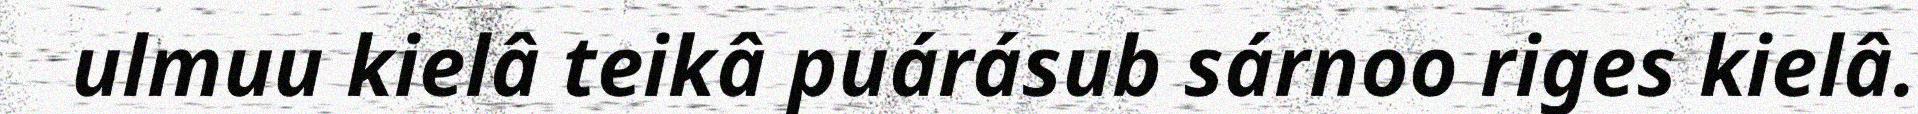
ulmuu kielâ teikâ puárásub sárnoo riges kielâ.